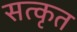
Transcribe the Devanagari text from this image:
सत्कृत